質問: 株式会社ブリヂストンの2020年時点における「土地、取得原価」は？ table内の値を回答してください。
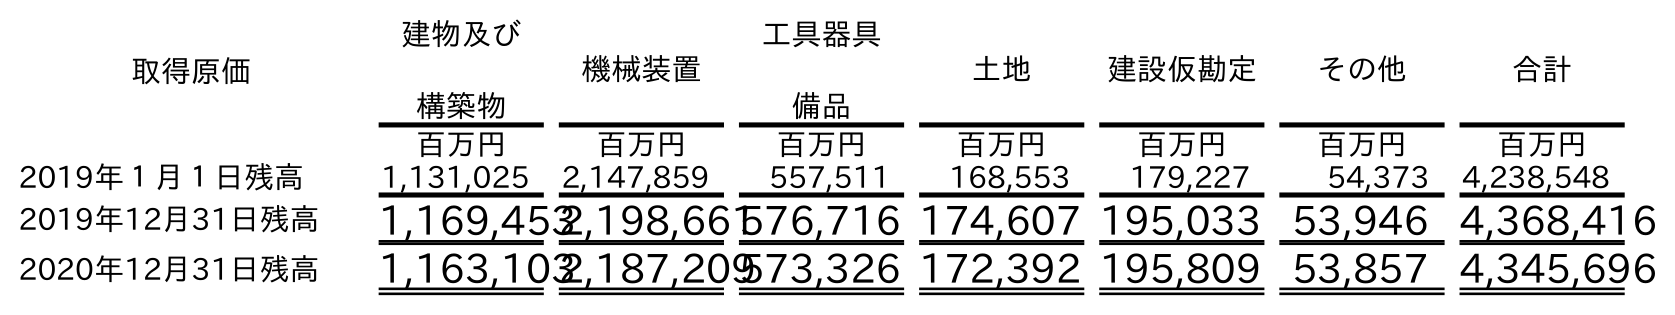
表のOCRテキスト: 取得原価 建物及び 構築物 機械装置 工具器具 備品 土地 建設仮勘定 その他 合計 百万円 百万円 百万円 百万円 百万円 百万円 百万円 2019年１月１日残高 1,131,025 2,147,859 557,511 168,553 179,227 54,373 4,238,548 2019年12月31日残高 1,169,4532,198,661576,716 174,607 195,033 53,946 4,368,416 2020年12月31日残高 1,163,1032,187,209573,326 172,392 195,809 53,857 4,345,696
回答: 172,392